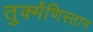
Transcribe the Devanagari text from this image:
तुर्क्मेणिस्तान